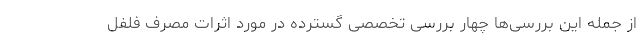
از جمله این بررسی‌ها چهار بررسی تخصصی گسترده در مورد اثرات مصرف فلفل